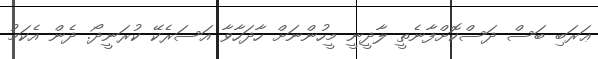
ޢަރަބި ބަސް ދަސްކޮށްފާނެތީ ލާދީނީ މީހުންނަށް ހާދަހާވާ އަސަރެކޭ ކުރަނީދޯ. ދެން އެކަމު